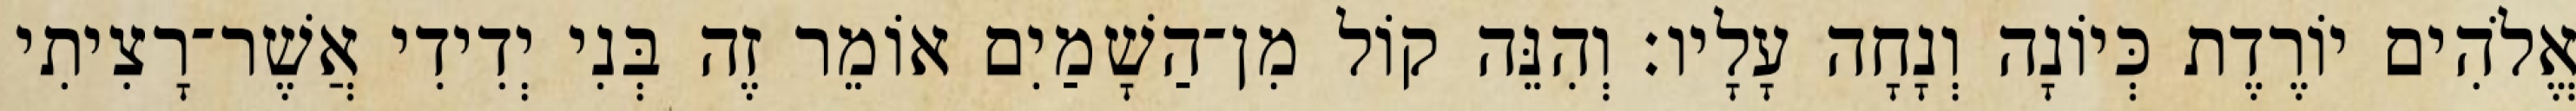
אֱלֹהִים יוֹרֶדֶת כְּיוֹנָה וְנָחָה עָלָיו׃ וְהִנֵּה קוֹל מִן־הַשָׁמַיִם אוֹמֵר זֶה בְּנִי יְדִידִי אֲשֶׁר־רָצִיתִי